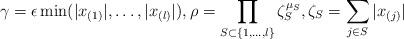
LaTeX: \begin{align*}\gamma =\epsilon \min (|x_{(1)}|,\dots ,|x_{(l)}|),\rho =\prod_{S\subset \{1,\dots ,l\}}\zeta_S^{\mu_S},\zeta_S=\sum_{j\in S}|x_{(j)}|\end{align*}